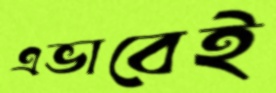
এভাবেই